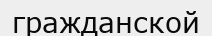
гражданской